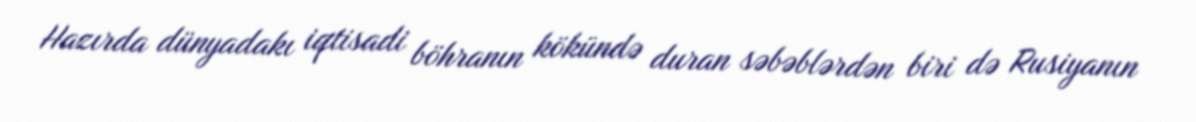
Hazırda dünyadakı iqtisadi böhranın kökündə duran səbəblərdən biri də Rusiyanın